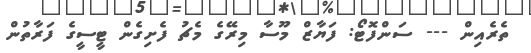
ތެރެއިން --- ސަންފޮޓޯ: ފަޔާޒް މޫސާ މިރޭގެ މެޗު ފެށިގެން ޓީސީގެ ފަރާތުން